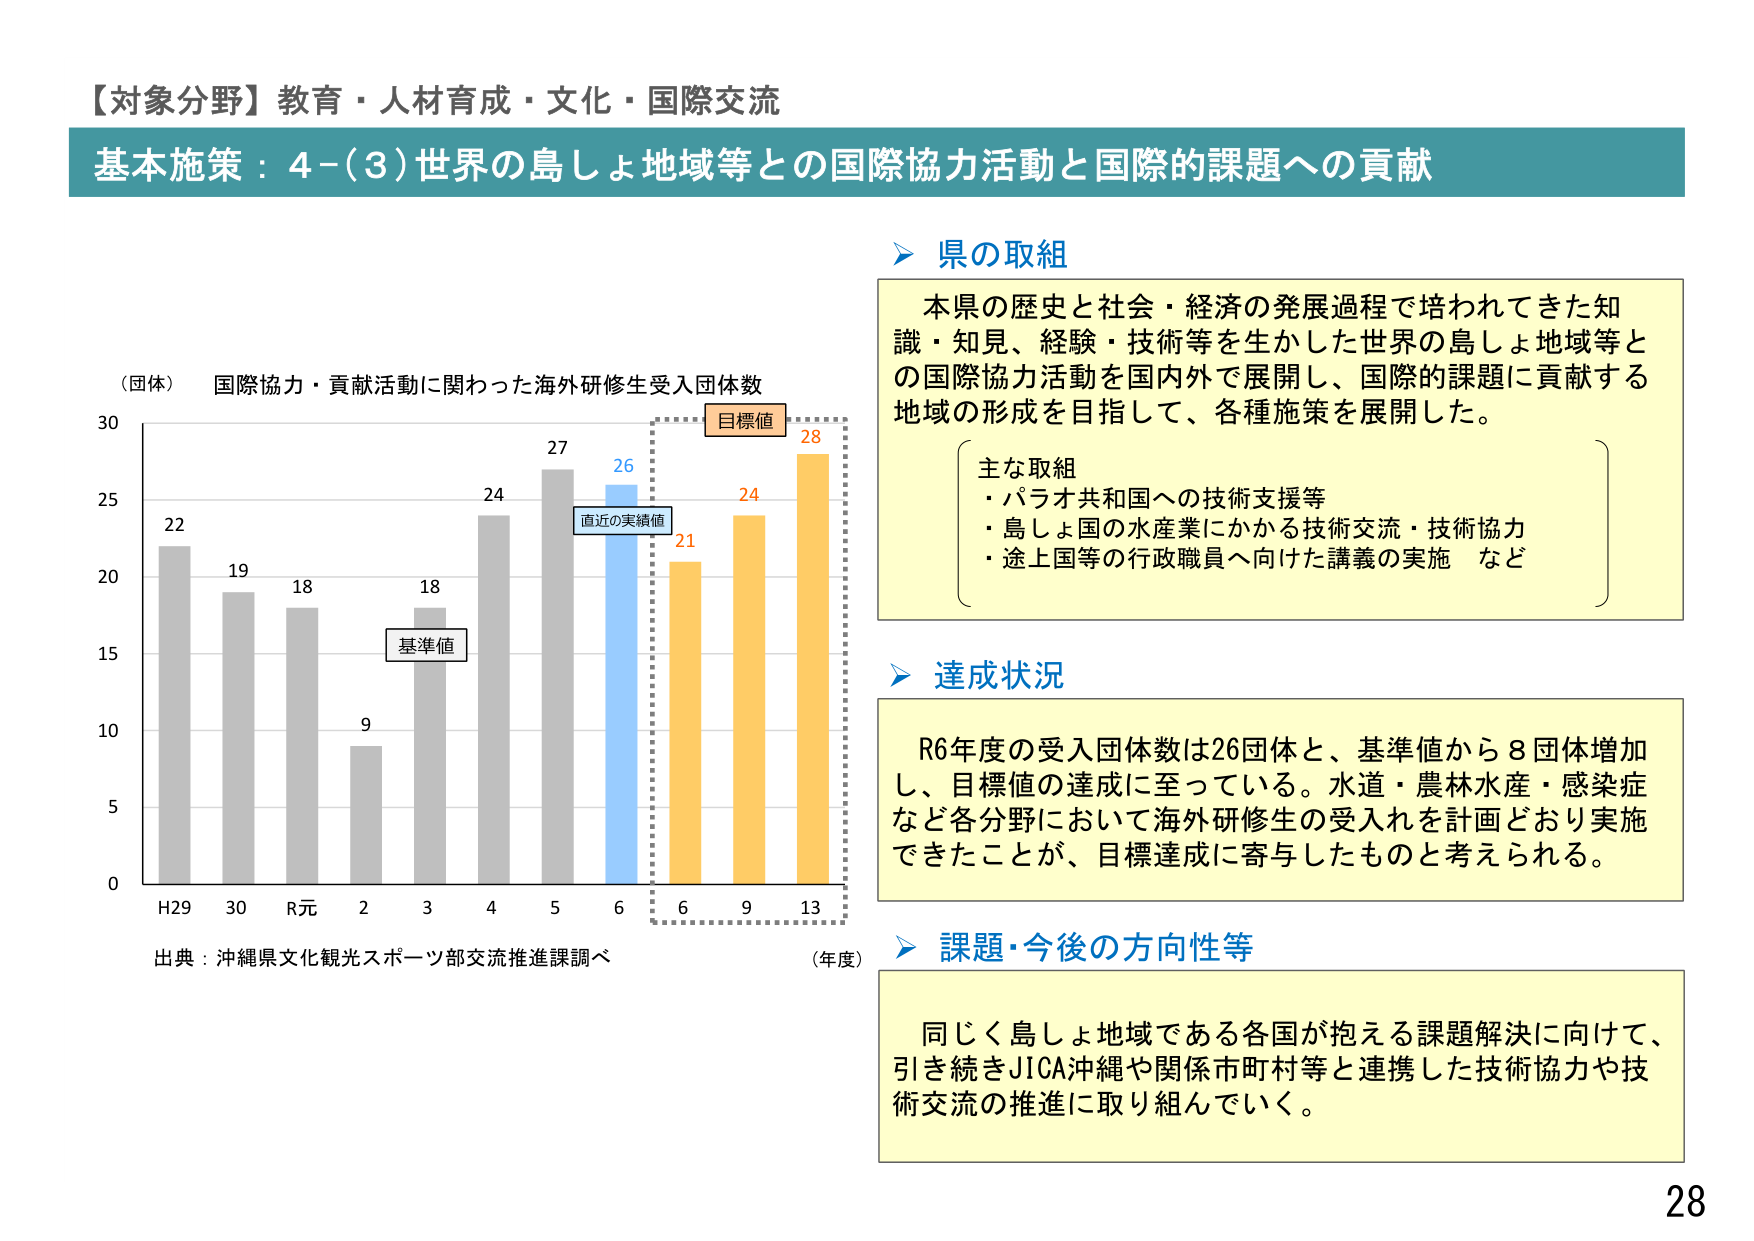
【対象分野】教育・人材育成・文化・国際交流
基本施策：4-(3)世界の島しょ地域等との国際協力活動と国際的課題への貢献

（団体） 国際協力・貢献活動に関わった海外研修生受入団体数
30
25
20
15
10
5
0
H29 30 R元 2 3 4 5 6 6 9 13
（年度）
22 19 18 9 18 24 27 26 21 24 28
基準値
直近の実績値
目標値
出典：沖縄県文化観光スポーツ部交流推進課調べ

県の取組
本県の歴史と社会・経済の発展過程で培われてきた知識・知見、経験・技術等を生かした世界の島しょ地域等との国際協力活動を国内外で展開し、国際的課題に貢献する地域の形成を目指して、各種施策を展開した。
主な取組
・パラオ共和国への技術支援等
・島しょ国の水産業にかかる技術交流・技術協力
・途上国等の行政職員へ向けた講義の実施 など

達成状況
R6年度の受入団体数は26団体と、基準値から8団体増加し、目標値の達成に至っている。水道・農林水産・感染症など各分野において海外研修生の受入れを計画どおり実施できたことが、目標達成に寄与したものと考えられる。

課題・今後の方向性等
同じく島しょ地域である各国が抱える課題解決に向けて、引き続きJICA沖縄や関係市町村等と連携した技術協力や技術交流の推進に取り組んでいく。

28